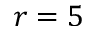
r = 5